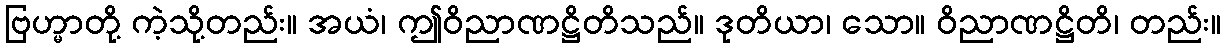
ဗြဟ္မာတို့ ကဲ့သို့တည်း။ အယံ၊ ဤဝိညာဏဋ္ဌိတိသည်။ ဒုတိယာ၊ သော။ ဝိညာဏဋ္ဌိတိ၊ တည်း။